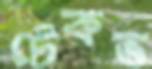
টেকভ